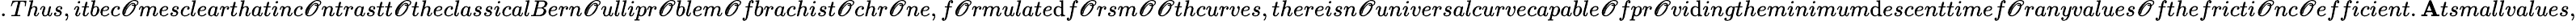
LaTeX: .Thus,itbec\mathscr{O}mesclearthatinc\mathscr{O}ntrastt\mathscr{O}theclassicalBern\mathscr{O}ullipr\mathscr{O}blem\mathscr{O}fbrachist\mathscr{O}chr\mathscr{O}ne,f\mathscr{O}rmulate\mathrm{d}f\mathscr{O}rsm\mathscr{O}\mathscr{O}thcurves,thereisn\mathscr{O}universalcurvecapable\mathscr{O}fpr\mathscr{O}vi\mathrm{d}ingtheminimum\mathrm{d}escenttimef\mathscr{O}ranyvalues\mathscr{O}fthefricti\mathscr{O}nc\mathscr{O}efficient.\mathbf{A}tsmallvalues,